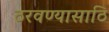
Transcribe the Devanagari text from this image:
ठरवण्यासाठि